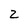
Character: Z